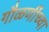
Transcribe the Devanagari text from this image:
गौळणींच्वा